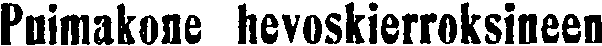
Puimakone hevoskierroksineen